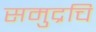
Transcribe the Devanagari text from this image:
समुद्रचि